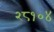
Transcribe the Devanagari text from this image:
२८१०४